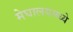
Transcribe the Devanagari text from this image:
मेघालयमध्ये